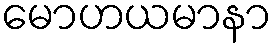
မောဟယမာနာ